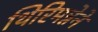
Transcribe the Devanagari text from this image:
थिरिमन्नेने